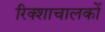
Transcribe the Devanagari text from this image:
रिक्शाचालकों